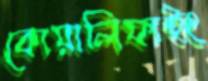
কোয়ালিফাইং